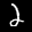
Label: 2